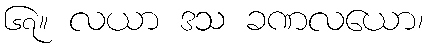
၆၇။ လယာ ဒသ ခဏလယော၊